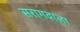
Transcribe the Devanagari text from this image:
सरागवाला